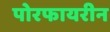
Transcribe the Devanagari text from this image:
पोरफायरीन